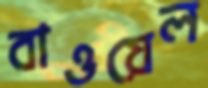
বাওয়েল